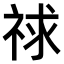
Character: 𥙹